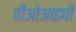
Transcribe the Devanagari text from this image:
वीओआइपी